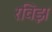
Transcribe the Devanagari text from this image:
रविझ